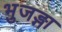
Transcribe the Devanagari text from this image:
भुजङ्गा